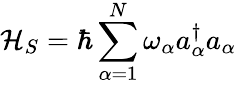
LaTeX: \mathcal{H}_{S}=\hbar\sum_{\alpha=1}^{N}\omega_{\alpha}a_{\alpha}^{\dagger}a_{\alpha}